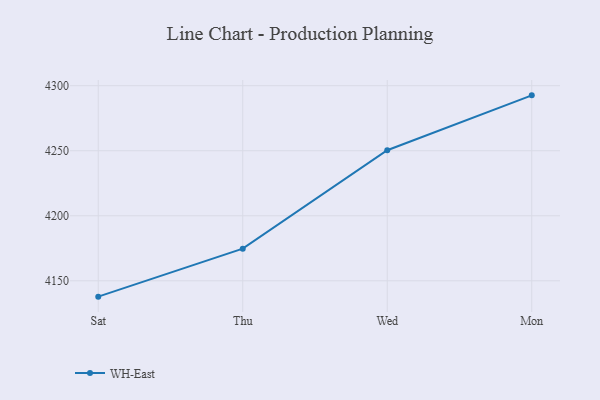
{"axis": {"x": "Day", "y": "Churn Rate (%)"}, "legend": ["WH-East"], "data": [{"x": "Sat", "y": 4137.8, "type": "WH-East"}, {"x": "Thu", "y": 4174.7, "type": "WH-East"}, {"x": "Wed", "y": 4250.4, "type": "WH-East"}, {"x": "Mon", "y": 4292.6, "type": "WH-East"}]}